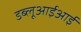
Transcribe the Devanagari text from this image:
डब्लूआईआई